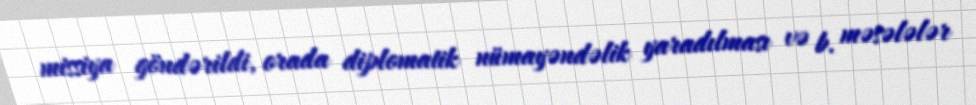
missiya göndərildi, orada diplomatik nümayəndəlik yaradılması və b. məsələlər